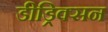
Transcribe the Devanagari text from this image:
डीड्रिक्सन